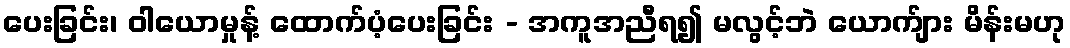
ပေးခြင်း၊ ဝါယောမှုန့် ထောက်ပံ့ပေးခြင်း - အကူအညီရ၍ မလွင့်ဘဲ ယောက်ျား မိန်းမဟု